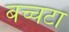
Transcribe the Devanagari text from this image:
बच्चटा